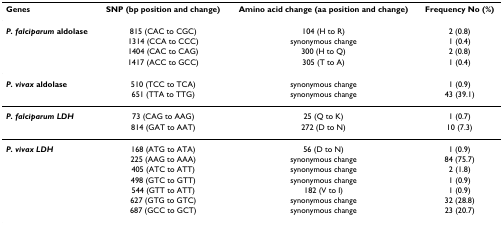
<table><thead><tr><td><b>Genes</b></td><td><b>SNP (bp position and change)</b></td><td><b>Amino acid change (aa position and change)</b></td><td><b>Frequency No (%)</b></td></tr></thead><tbody><tr><td><b><i>P. falciparum </i>aldolase</b></td><td>815 (CAC to CGC)</td><td>104 (H to R)</td><td>2 (0.8)</td></tr><tr><td></td><td>1314 (CCA to CCC)</td><td>synonymous change</td><td>1 (0.4)</td></tr><tr><td></td><td>1404 (CAC to CAG)</td><td>300 (H to Q)</td><td>2 (0.8)</td></tr><tr><td></td><td>1417 (ACC to GCC)</td><td>305 (T to A)</td><td>1 (0.4)</td></tr><tr><td><b><i>P. vivax </i>aldolase</b></td><td>510 (TCC to TCA)</td><td>synonymous change</td><td>1 (0.9)</td></tr><tr><td></td><td>651 (TTA to TTG)</td><td>synonymous change</td><td>43 (39.1)</td></tr><tr><td><b><i>P. falciparum LDH</i></b></td><td>73 (CAG to AAG)</td><td>25 (Q to K)</td><td>1 (0.7)</td></tr><tr><td></td><td>814 (GAT to AAT)</td><td>272 (D to N)</td><td>10 (7.3)</td></tr><tr><td><b><i>P. vivax LDH</i></b></td><td>168 (ATG to ATA)</td><td>56 (D to N)</td><td>1 (0.9)</td></tr><tr><td></td><td>225 (AAG to AAA)</td><td>synonymous change</td><td>84 (75.7)</td></tr><tr><td></td><td>405 (ATC to ATT)</td><td>synonymous change</td><td>2 (1.8)</td></tr><tr><td></td><td>498 (GTC to GTT)</td><td>synonymous change</td><td>1 (0.9)</td></tr><tr><td></td><td>544 (GTT to ATT)</td><td>182 (V to I)</td><td>1 (0.9)</td></tr><tr><td></td><td>627 (GTG to GTC)</td><td>synonymous change</td><td>32 (28.8)</td></tr><tr><td></td><td>687 (GCC to GCT)</td><td>synonymous change</td><td>23 (20.7)</td></tr></tbody></table>